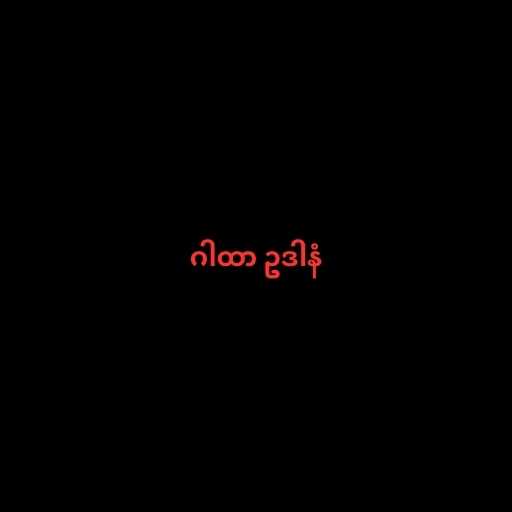
ဂါထာ ဥဒါနံ